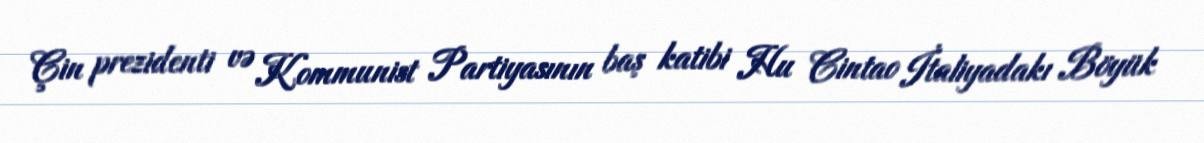
Çin prezidenti və Kommunist Partiyasının baş katibi Hu Cintao İtaliyadakı Böyük